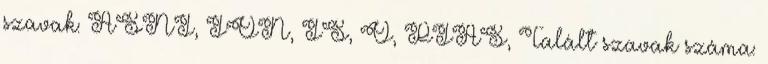
szavak: ÁSNI, ION, IS, O, PIÁS, Talált szavak száma: